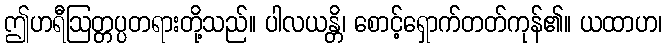
ဤဟရီဩတ္တပ္ပတရားတို့သည်။ ပါလယန္တိ၊ စောင့်ရှောက်တတ်ကုန်၏။ ယထာဟ၊